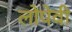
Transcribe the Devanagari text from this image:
लोपेवी